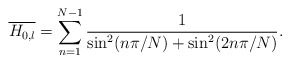
\begin{align*}\overline{H_{0,l}}=\sum_{n=1}^{N-1}\frac{1}{\sin^2(n\pi/N)+\sin^2(2n\pi/N)}.\end{align*}